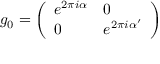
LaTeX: g _ { 0 } = { \left( \begin{array} { l l } { e ^ { 2 \pi i \alpha } } & { 0 } \\ { 0 } & { e ^ { 2 \pi i \alpha ^ { \prime } } } \end{array} \right) } \, \,